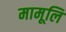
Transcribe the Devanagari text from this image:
मामूलि